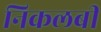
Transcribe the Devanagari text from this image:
निकलबी